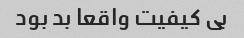
بی کیفیت واقعا بد بود